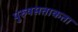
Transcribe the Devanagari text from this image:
पुरुषसत्ताकता